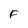
Character: F